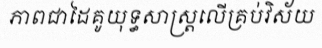
ភាពជាដៃគូយុទ្ធសាស្ត្រលើគ្រប់វិស័យ